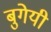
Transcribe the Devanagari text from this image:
बुगेयी